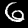
Label: 6